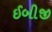
ઈબીજી